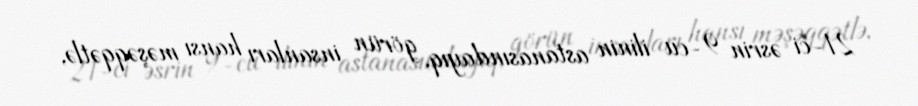
21-ci əsrin 9-cu ilinin astanasındayıq, görün insanları hansı məşəqqətlə,